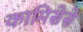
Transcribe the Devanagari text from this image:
कामिसेसे